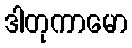
ဒါတုကာမော